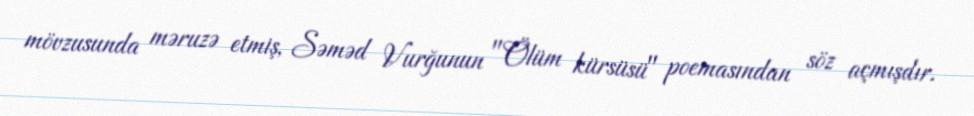
mövzusunda məruzə etmiş, Səməd Vurğunun "Ölüm kürsüsü" poemasından söz açmışdır.